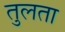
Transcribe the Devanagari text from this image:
तुलता